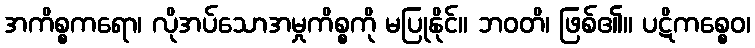
အကိစ္စကရော၊ လိုအပ်သောအမှုကိစ္စကို မပြုနိုင်။ ဘဝတိ၊ ဖြစ်၏။ ပဋိကစ္စေဝ၊